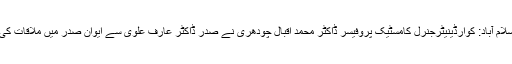
اسلام آباد: کوارڈینیٹرجنرل کامسٹیک پروفیسر ڈاکٹر محمد اقبال چودھری نے صدر ڈاکٹر عارف علوی سے ایوان صدر میں ملاقات کی۔